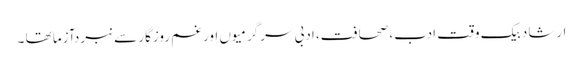
ارشاد بیک وقت ادب، صحافت، ادبی سرگرمیوں اور غم روزگار سے نبردآزما تھا ۔